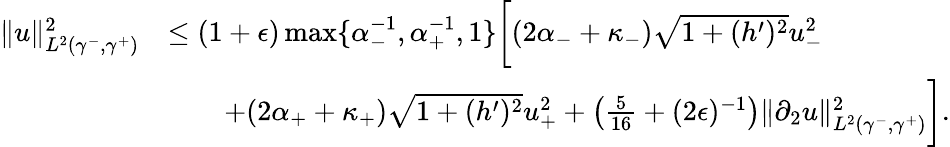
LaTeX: \begin{array}{rl}{\| u\| _{L^{2}(\gamma^{-},\gamma^{+})}^{2}}&{\leq(1+\epsilon)\operatorname*{max}\lbrace\alpha_{-}^{-1},\alpha_{+}^{-1},1\rbrace\bigg[(2\alpha_{-}+\kappa_{-})\sqrt{1+(h^{\prime})^{2}}u_{-}^{2}}\\ &{\qquad+(2\alpha_{+}+\kappa_{+})\sqrt{1+(h^{\prime})^{2}}u_{+}^{2}+\left(\frac{5}{16}+(2\epsilon)^{-1}\right)\| \partial_{2}u\| _{L^{2}(\gamma^{-},\gamma^{+})}^{2}\bigg].}\end{array}